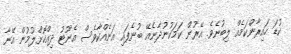
ކުޑަ ހައިރާންކަމެއް ލިބުނެވެ. އޭރުން ކަމަކުނުދާނެއޭ ބުނެފައި އަނެއްކާވެސް އެނޫޓު ދިއްކޮށްލުމުން އޭނާ